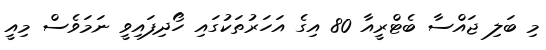
މި ބަލި ޖައްސާ ބެޓްރީއާ 80 އިގެ އަހަރުތަކުގައި ހޯދިފައިވީ ނަމަވެސް މިއީ